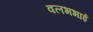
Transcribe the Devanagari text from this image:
वलभभाई